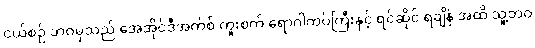
ငယ်စဉ် ဘဝမှသည် အေအိုင်ဒီအက်စ် ကူးစက် ရောဂါကပ်ကြီးနှင့် ရင်ဆိုင် ရချိန် အထိ သူ့ဘဝ